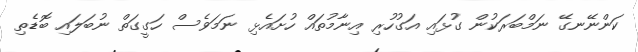
ކަންނޭނގޭ ނަމްބަރަކުން ގުޅައި އަގުހުރި އިނާމުތައް ހުށައެޅި ނަމަވެސް ހަގީގަތް ނުބަލައި ބޮޑެތި